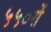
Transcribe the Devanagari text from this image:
५५०सें